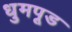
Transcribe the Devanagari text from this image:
धुमपूड